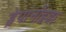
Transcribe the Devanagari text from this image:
ड्रेपानॉइडा